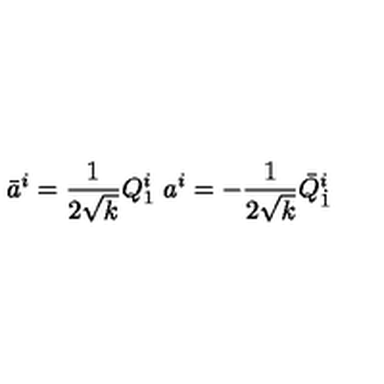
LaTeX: \bar { a } ^ { i } = { \frac { 1 } { 2 \sqrt { k } } } Q _ { 1 } ^ { i } \ a ^ { i } = - { \frac { 1 } { 2 \sqrt { k } } } \bar { Q } _ { \dot { 1 } } ^ { i }